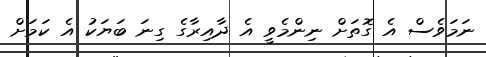
ނަމަވެސް އެ ގޮތަށް ނިންމެވީ އެ ދާއިރާގެ ގިނަ ބަޔަކު އެ ކަމަށް